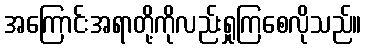
အကြောင်းအရာတို့ကိုလည်းရှုကြစေလိုသည်။